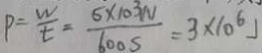
P = \frac { W } { t } = \frac { 5 \times 1 0 ^ { 3 } N } { 6 0 0 s } = 3 \times 1 0 ^ { 6 } J